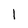
Character: l